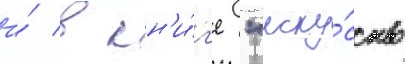
и́ в кн'и́г'е "иску́сство